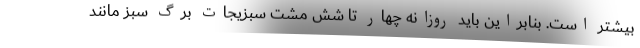
بیشتر است. بنابراین باید روزانه چهار تا شش مشت سبزیجات برگ سبز مانند